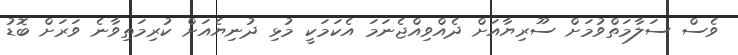
ވެސް ސަލާމަތްވުމަށް ސޫރިޔާއަށް ދެއްވިއްޖެނަމަ އެކަމަކީ މުޅި ދުނިޔެއަށް ކުރިމަތިވާނެ ވަރަށް ބޮޑު